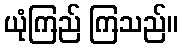
ယုံကြည် ကြသည်။